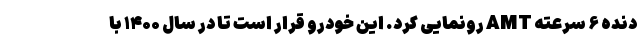
دنده ۶ سرعته AMT رونمایی کرد. این خودرو قرار است تا در سال ۱۴۰۰ با